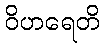
ဝိဟရေတိ